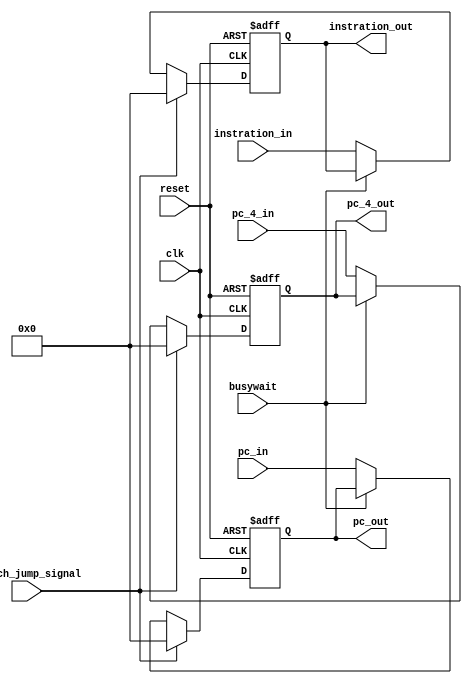
module IF(pc_in, pc_4_in, instration_in, reset, clk,busywait,branch_jump_signal,pc_out, pc_4_out, instration_out);

  input [31:0] pc_in, pc_4_in, instration_in;
  output reg [31:0] pc_out, pc_4_out, instration_out;
  input busywait,branch_jump_signal;
  input  reset, clk;
  
  
  always @(posedge clk,posedge reset)
  begin
    // #1
    if(reset)begin
      pc_out <=32'd0;
      pc_4_out <=32'd0;
      instration_out <=32'd0;
    end else if (branch_jump_signal)begin
      pc_out <=32'd0;
      pc_4_out <=32'd0;
      instration_out <=32'd0;
    end else if (!busywait) begin
      pc_out <=pc_in;
      pc_4_out <=pc_4_in;
      instration_out <=instration_in;
    end

  end

endmodule